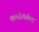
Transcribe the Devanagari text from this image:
महावीरांपर्यंतच्या